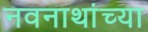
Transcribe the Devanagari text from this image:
नवनाथांच्या